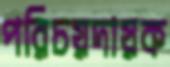
পরিচয়দায়ক